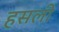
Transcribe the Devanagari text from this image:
हसली